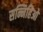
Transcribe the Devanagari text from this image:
सन्निहिओ